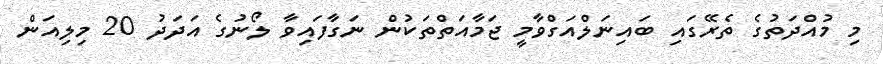
މި މުއްދަތުގެ ތެރޭގައި ބައިނަލްއަގްވާމީ ޖަމާއަތްތަކުން ނަގާފައިވާ ލޯނުގެ އަދަދު 20 މިލިއަން